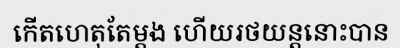
កើតហេតុតែម្តង ហើយរថយន្តនោះបាន